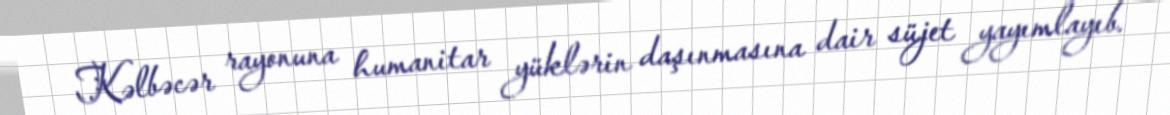
Kəlbəcər rayonuna humanitar yüklərin daşınmasına dair süjet yayımlayıb.